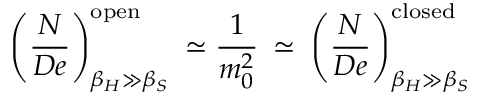
\left( \frac { N } { D e } \right) _ { \beta _ { H } \gg \beta _ { S } } ^ { \mathrm { o p e n } } \: \simeq \frac { 1 } { m _ { 0 } ^ { 2 } } \: \simeq \: \left( \frac { N } { D e } \right) _ { \beta _ { H } \gg \beta _ { S } } ^ { \mathrm { c l o s e d } }